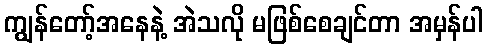
ကျွန်တော့်အနေနဲ့ အဲသလို မဖြစ်စေချင်တာ အမှန်ပါ